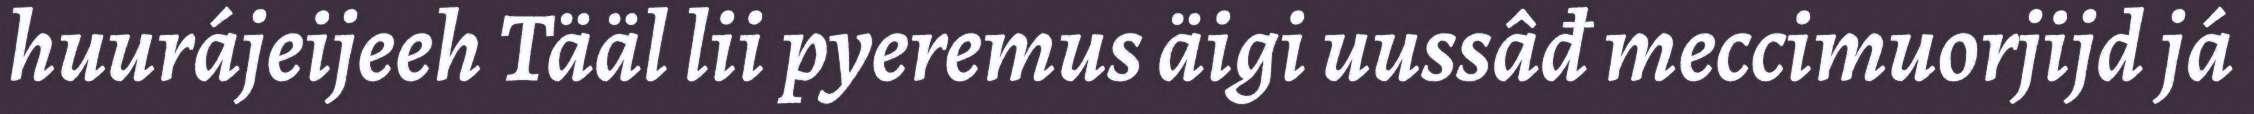
huurájeijeeh Tääl lii pyeremus äigi uussâđ meccimuorjijd já